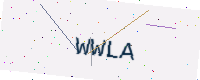
Text: WWLA